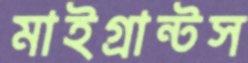
মাইগ্রান্টস